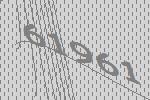
61961